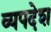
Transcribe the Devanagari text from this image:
व्यपदेश